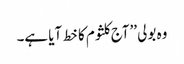
وہ بولی ’’آج کلثوم کا خط آیا ہے۔